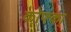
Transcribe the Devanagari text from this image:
कोफ्का